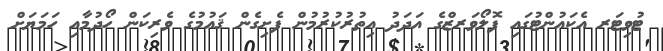
ޓުވިޓަރ އެކައުންޓުގައި ފޮލޯވަރޒްގެ އަދަދު އިތުރުކުރުމުން ފެށިގެން ޤައުމުގެ ވެރިކަން ހޯދުމާއި ހަމަޔަށް